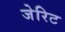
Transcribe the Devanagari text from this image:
जेरिट